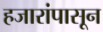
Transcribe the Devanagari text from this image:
हजारांपासून